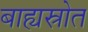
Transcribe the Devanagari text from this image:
बाह्यस्रोत